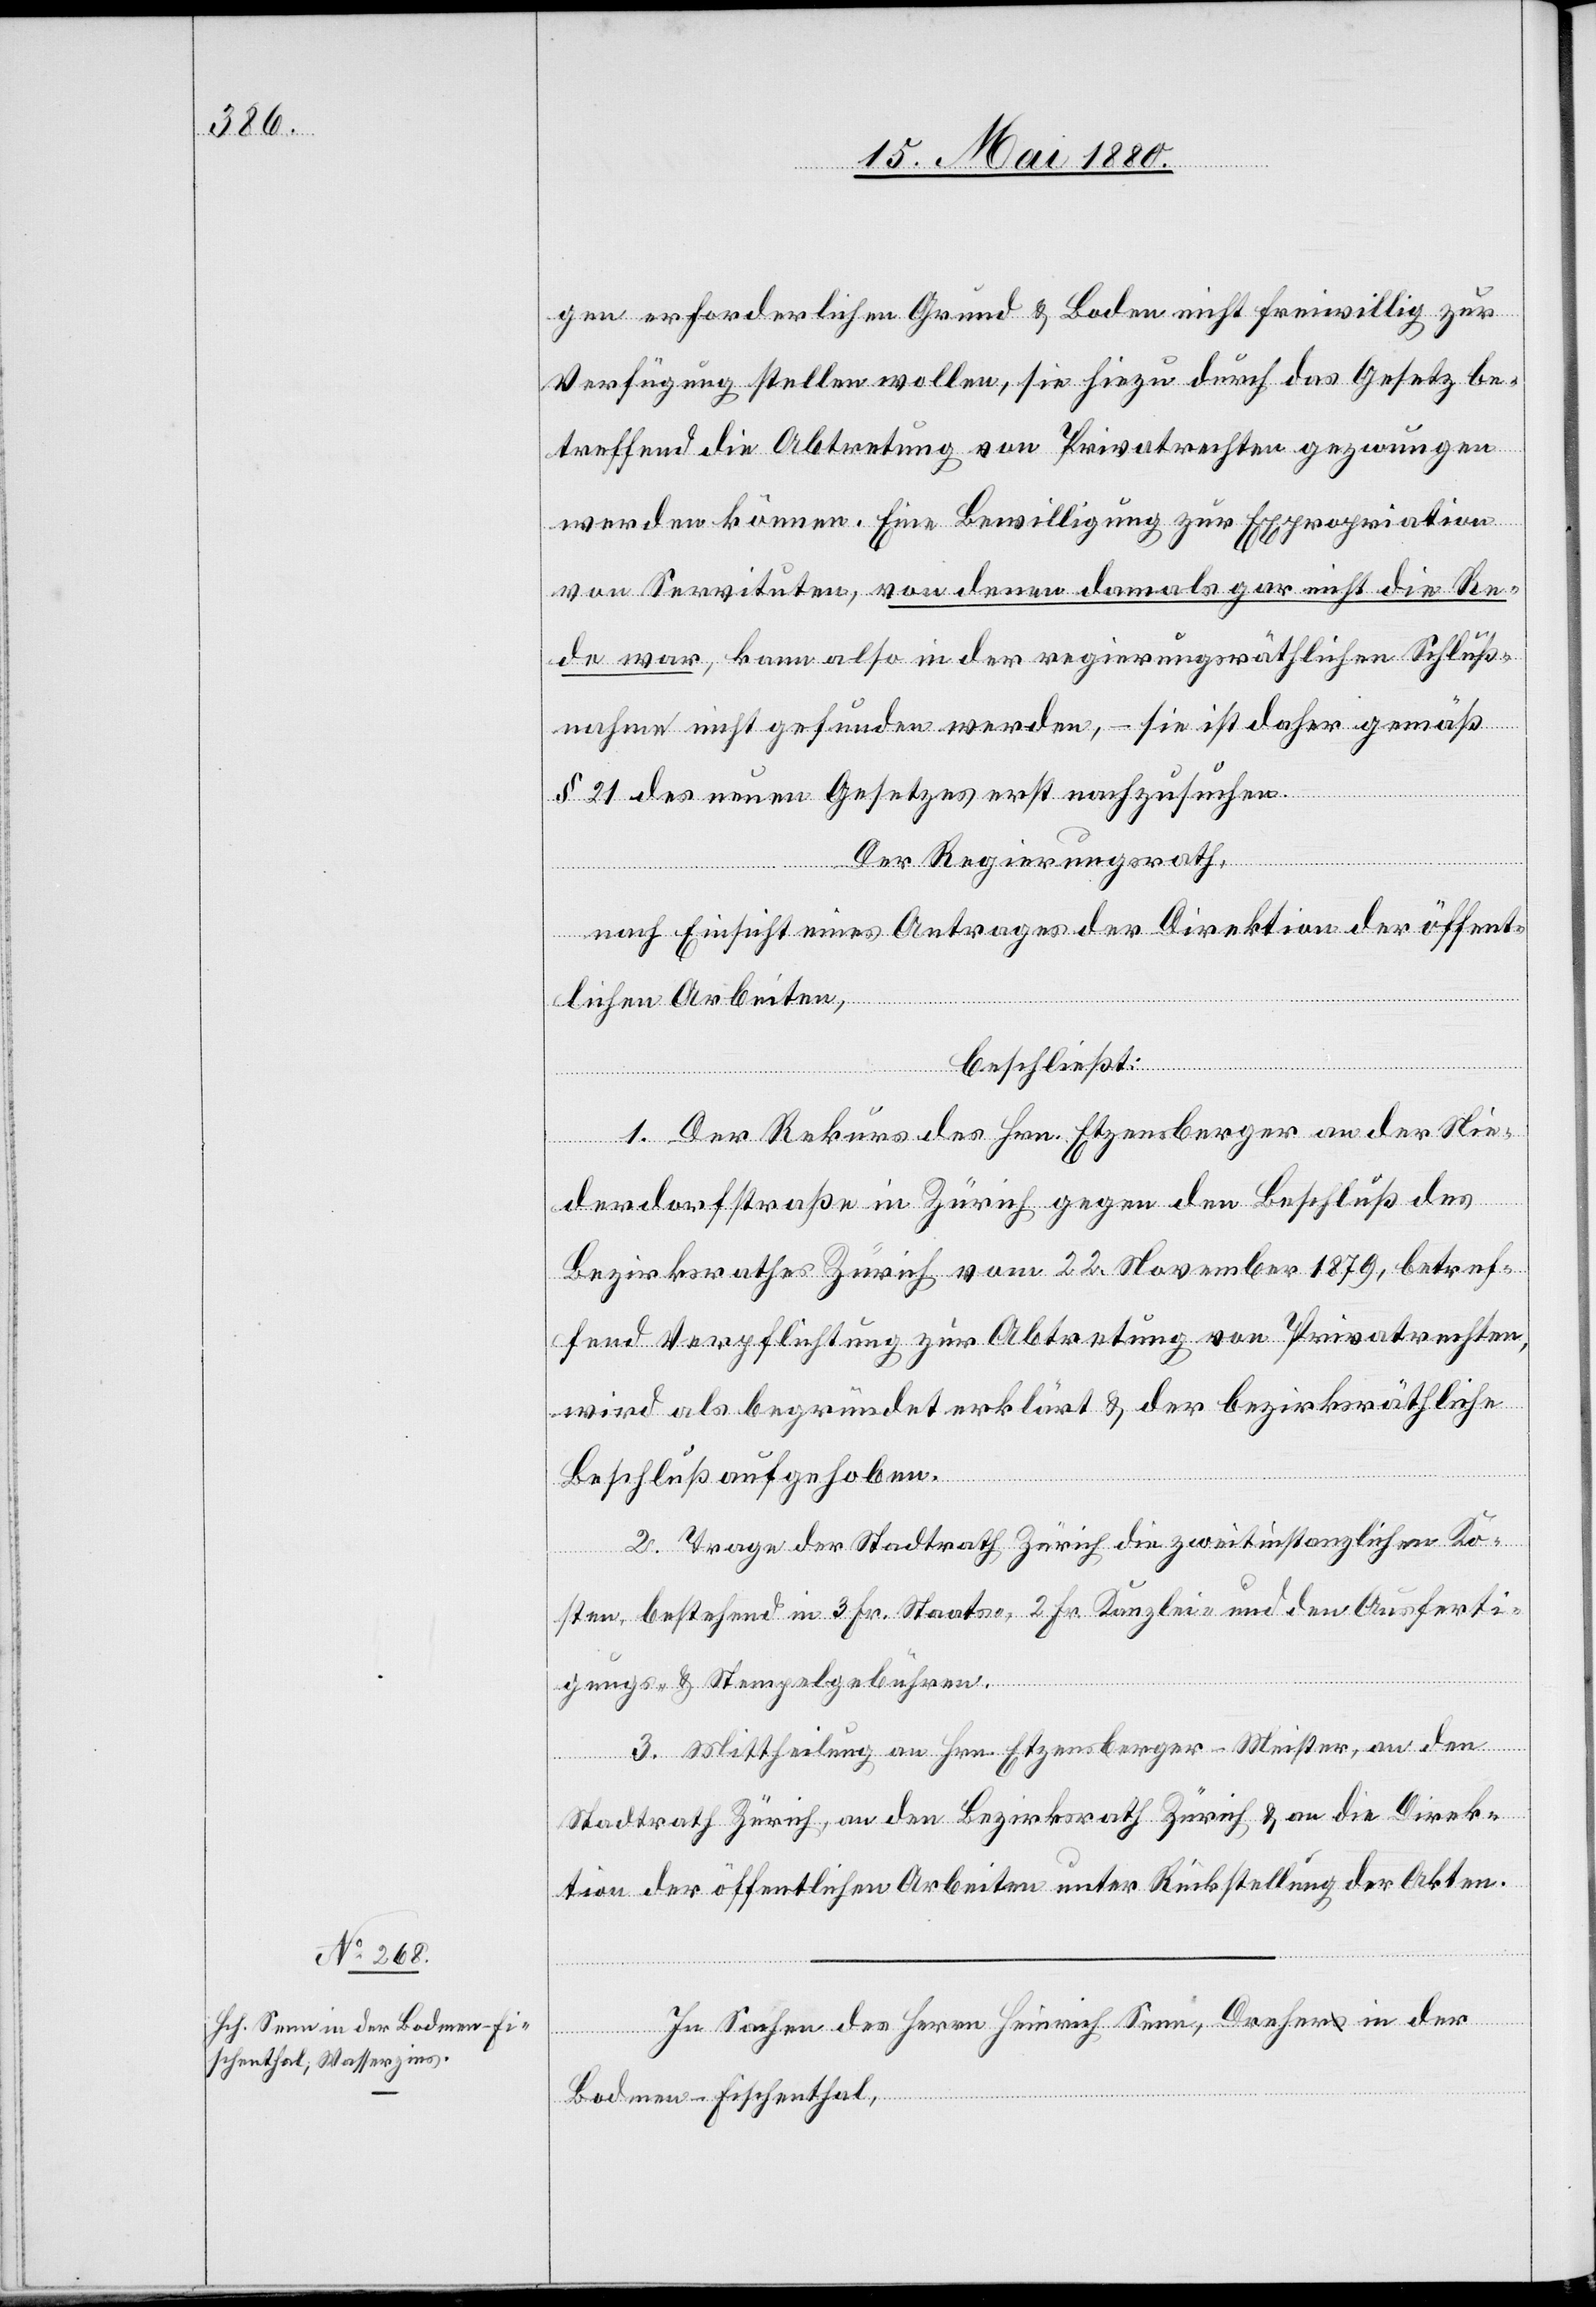
gen erforderlichen Grund & Boden nicht freiwillig zur
Verfügung stellen wollen, sie hiezu durch das Gesetz be¬
treffend die Abtretung von Privatrechten gezwungen
werden können. Eine Bewilligung zur Expropriation
von Servituten, von denen damals gar nicht die Re¬
de war, kann also in der regierungsräthlichen Schluß¬
nahme nicht gefunden werden, – sie ist daher gemäß
§ 21 des neuen Gesetzes erst nachzusuchen.
Der Regierungsrath,
nach Einsicht eines Antrages der Direktion des Inne¬
rn,
beschließt:
1. Der Rekurs des Hrn. Etzensperger an der Nie¬
derdorfstraße in Zürich gegen den Beschluß des
Bezirksrathes Zürich vom 22. November 1879, betref¬
fend Verpflichtung zur Abtretung von Privatrechten,
wird als begründet erklärt & der bezirksräthliche
Beschluß aufgehoben.
2. Trage der Stadtrath Zürich die zweitinstanzlichen Ko¬
sten, bestehend in 3 Fr. Staats-, 2 Fr. Kanzlei- und den Ausferti¬
gungs- & Stempelgebühren.
3. Mittheilung an Hrn. Etzensperger-Meister, an den
Stadtrath Zürich, an den Bezirksrath Zürich & an die Direk¬
tion der öffentlichen Arbeiten unter Rückstellung der Akten.
In Sachen des Herrn Heinrich Senn, Dreher in der
Bodmen - Fischenthal,